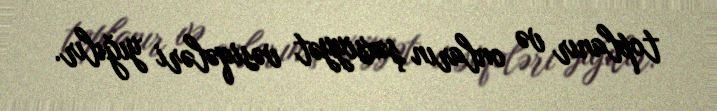
toplanır və onların şəxsiyyət vəsiqələri yığılır.